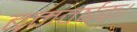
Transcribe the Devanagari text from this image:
बमवर्षक।